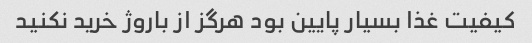
کیفیت غذا بسیار پایین بود هرگز از باروژ خرید نکنید